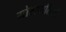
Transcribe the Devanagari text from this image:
गोरखालियों